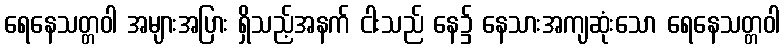
ရေနေသတ္တဝါ အများအပြား ရှိသည့်အနက် ငါးသည် နေ၌ နေသားအကျဆုံးသော ရေနေသတ္တဝါ